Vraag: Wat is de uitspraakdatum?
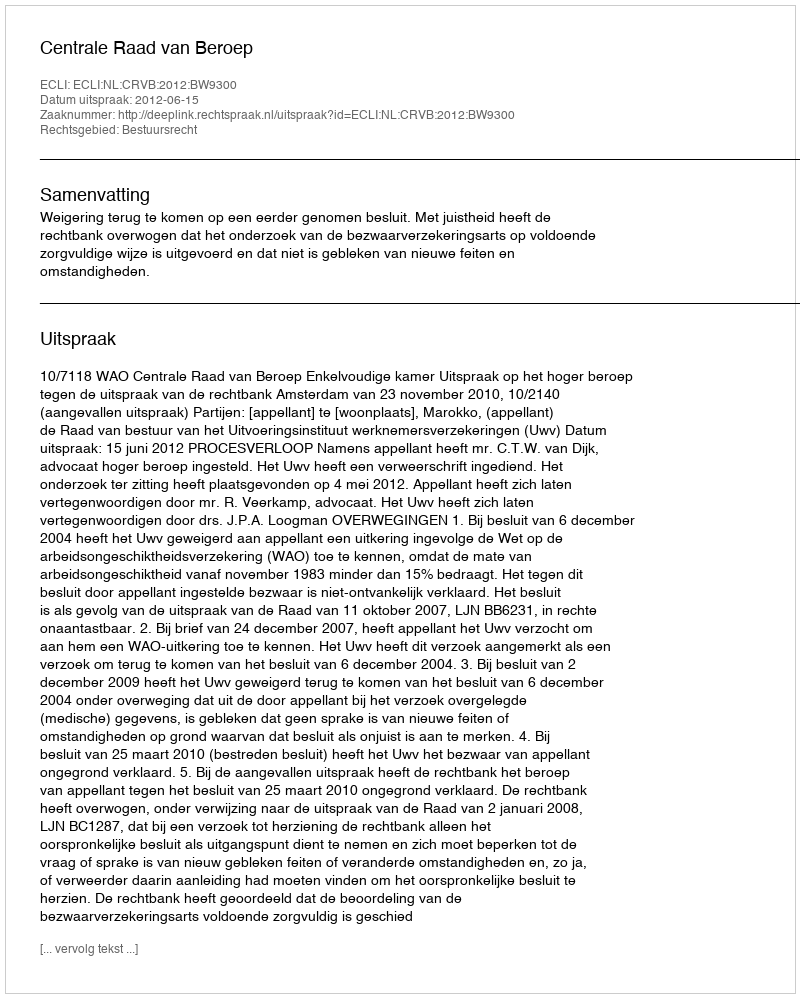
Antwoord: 2012-06-15